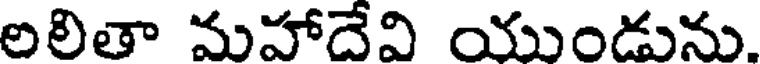
లలితా మహాదేవి యుండును.